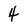
Character: 4